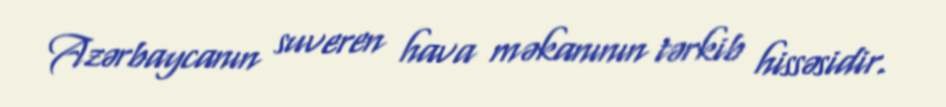
Azərbaycanın suveren hava məkanının tərkib hissəsidir.